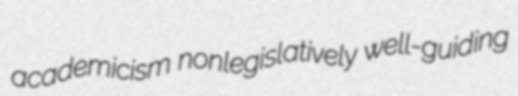
academicism nonlegislatively well-guiding